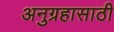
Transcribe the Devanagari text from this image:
अनुग्रहासाठी